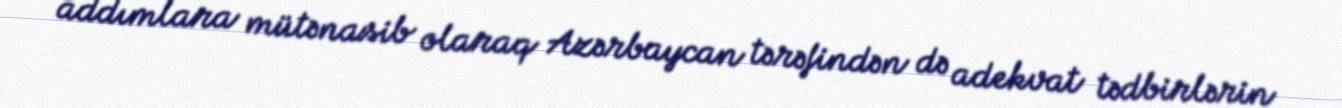
addımlara mütənasib olaraq Azərbaycan tərəfindən də adekvat tədbirlərin